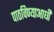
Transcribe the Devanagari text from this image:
पाठविण्याआधी